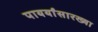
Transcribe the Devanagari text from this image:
पायर्यांसारख्या